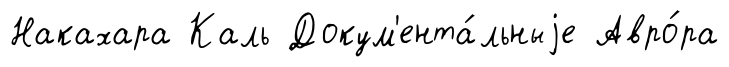
Накахара Каль Докум'ента́льныjе Авро́ра